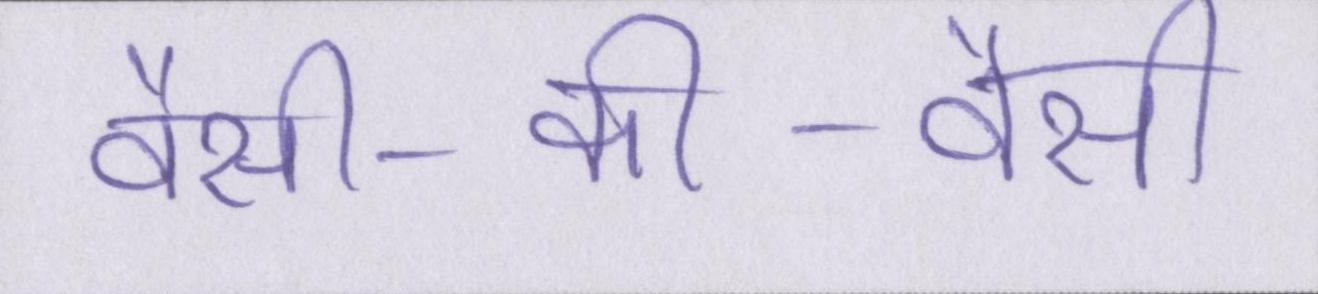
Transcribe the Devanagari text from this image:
वैसी-की-वैसी